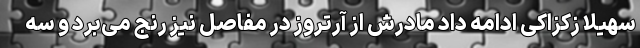
سهیلا زکزاکی ادامه داد مادرش از آرتروز در مفاصل نیز رنج می‌برد و سه